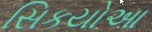
સિકયોઆ